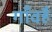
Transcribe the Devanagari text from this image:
गाँवहै